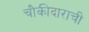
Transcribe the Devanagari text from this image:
चौकीदाराची